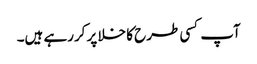
آپ کسی طرح کا خلا پر کررہے ہیں۔